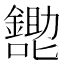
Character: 𱕩